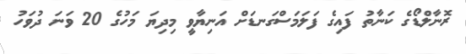
ރޮނާލްޑޯގެ ކަނާތު ފައިގެ ފަލަމަސްގަނޑަށް އަނިޔާވީ މިދިޔަ މަހުގެ 20 ވަނަ ދުވަހު